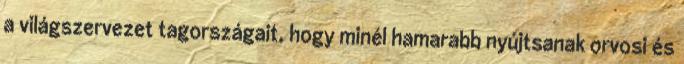
a világszervezet tagországait, hogy minél hamarabb nyújtsanak orvosi és